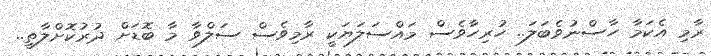
ރާމި އެކަމާ ހާސްނުވެބަލަ.. ހުރިހާވެސް މައްސަލަޔަކީ ރާމިވެސް ސަލްވާ މާ ބޮޑަށް ދުރުކޮށްލާތީ..